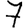
Digit: 7